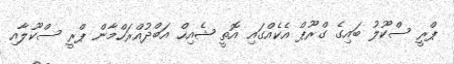
ޕްރީ ސްކޫލު ބައިގެ ގްރޫޕް އެކެއްގައި އޮތީ ޝެއިހް އަބްދުއްރަހްމާން ޕްރީ ސްކޫލާއި